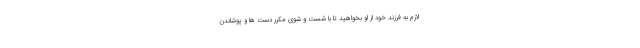
لازم به فرزند خود از او بخواهید تا با شست و شوی مکرر دست ها و پوشاندن